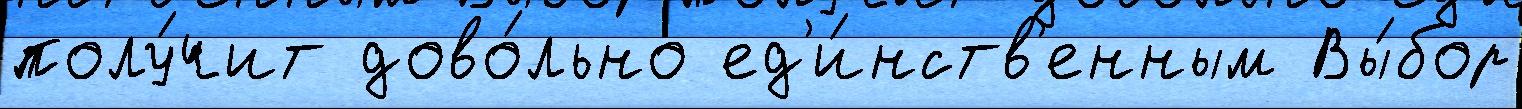
полу́чит дово́льно ед'и́нств'енным Вы́бор